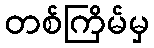
တစ်ကြိမ်မှ